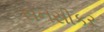
સનસીકર